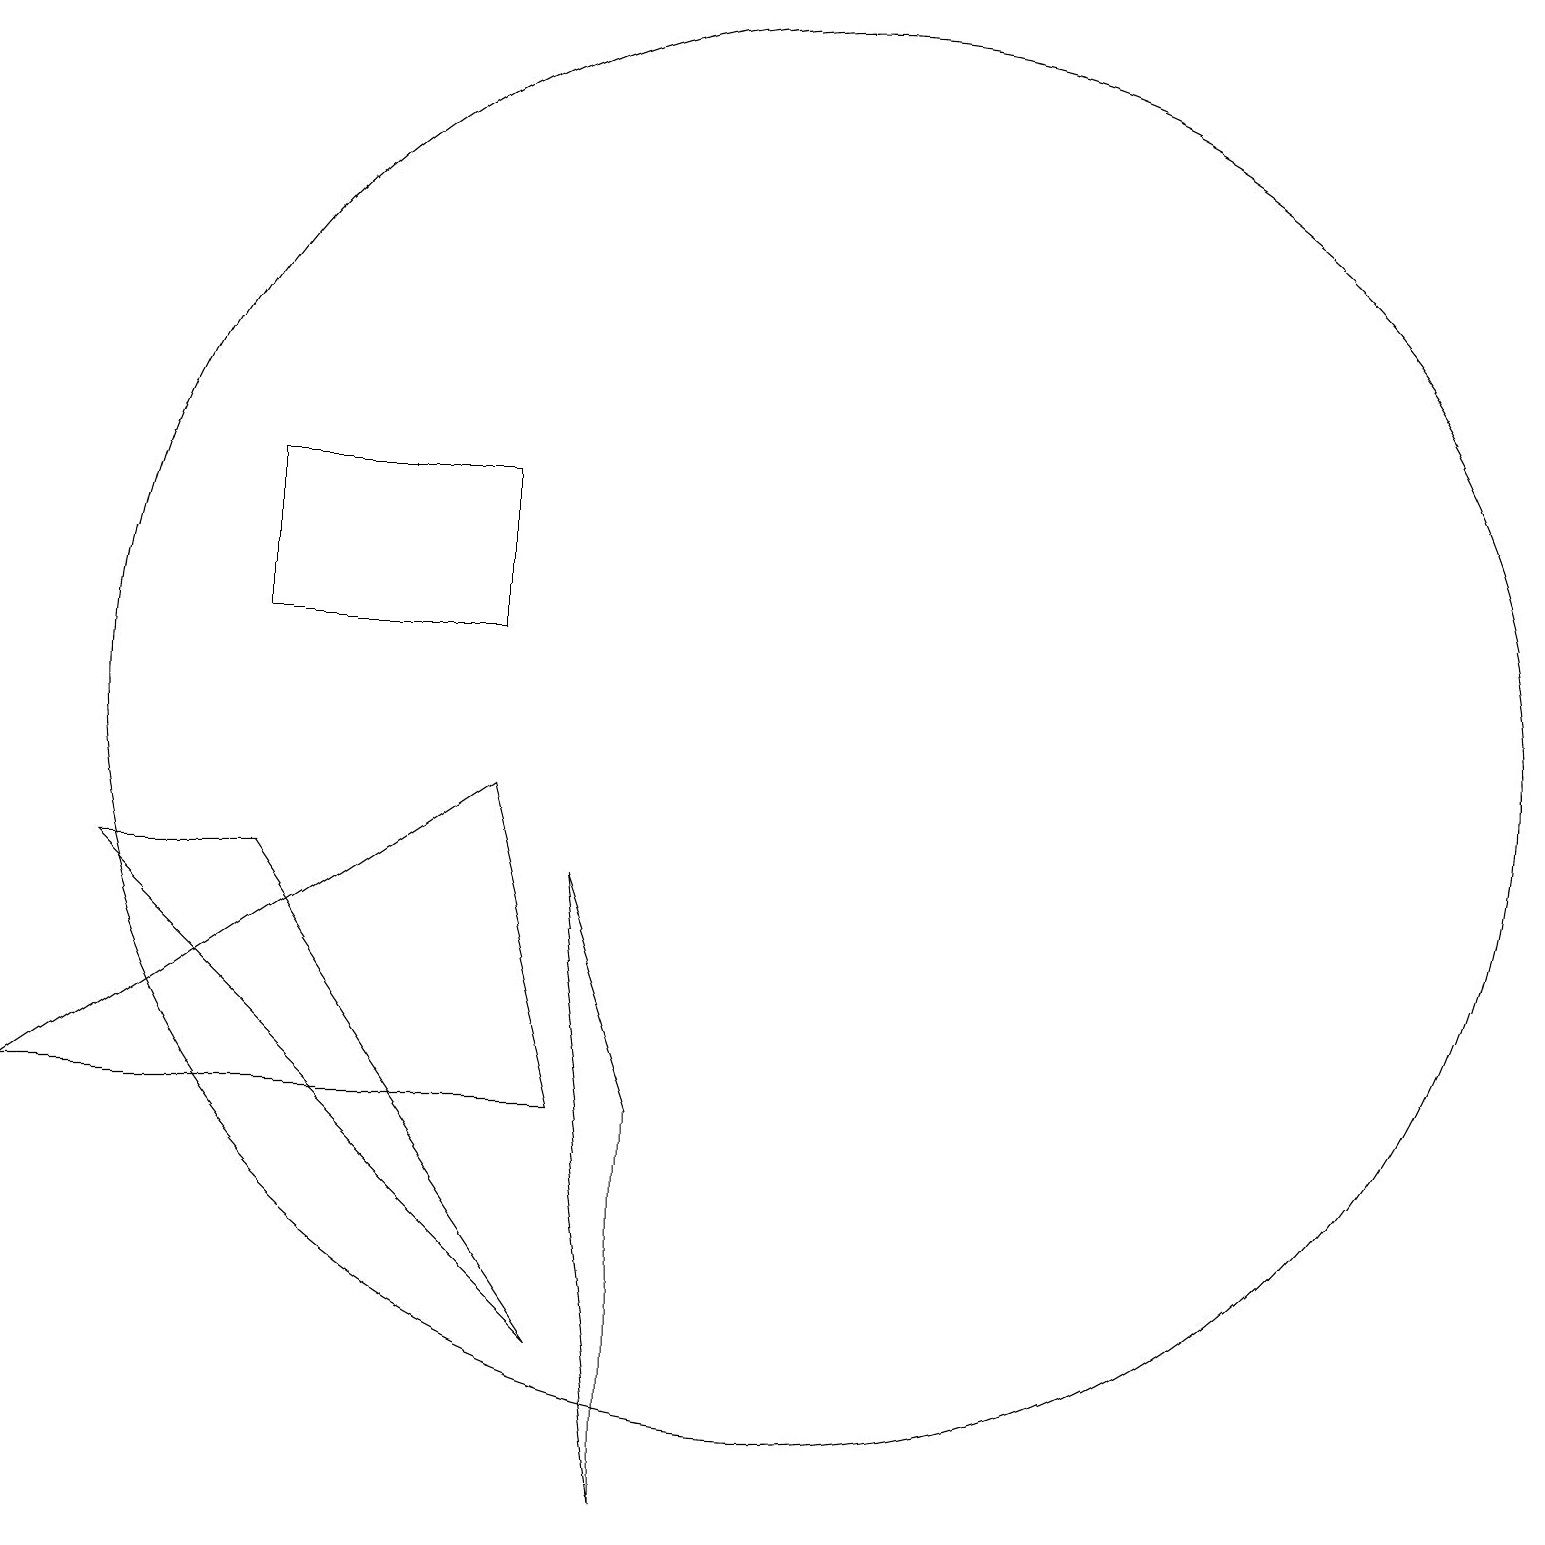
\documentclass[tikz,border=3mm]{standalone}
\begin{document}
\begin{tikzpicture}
\draw (11,11) circle (0);
\draw (9,0) -- (9,5) -- (8,8) -- cycle;
\draw (7,13) rectangle (4,11);
\draw (11,10) circle (9);
\draw (4,8) -- (2,8) -- (8,2) -- cycle;
\draw (8,5) -- (7,9) -- (1,5) -- cycle;
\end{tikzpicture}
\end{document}